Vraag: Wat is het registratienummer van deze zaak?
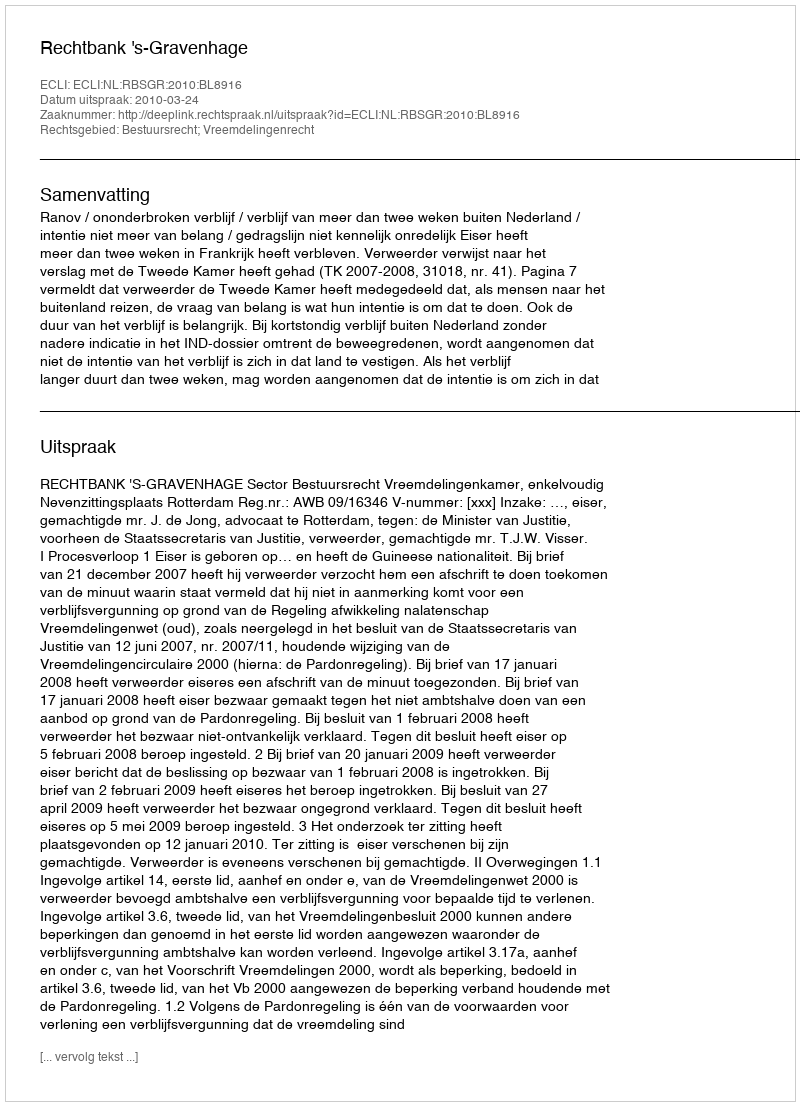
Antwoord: http://deeplink.rechtspraak.nl/uitspraak?id=ECLI:NL:RBSGR:2010:BL8916